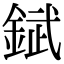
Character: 錻